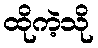
ထိုကဲ့သို